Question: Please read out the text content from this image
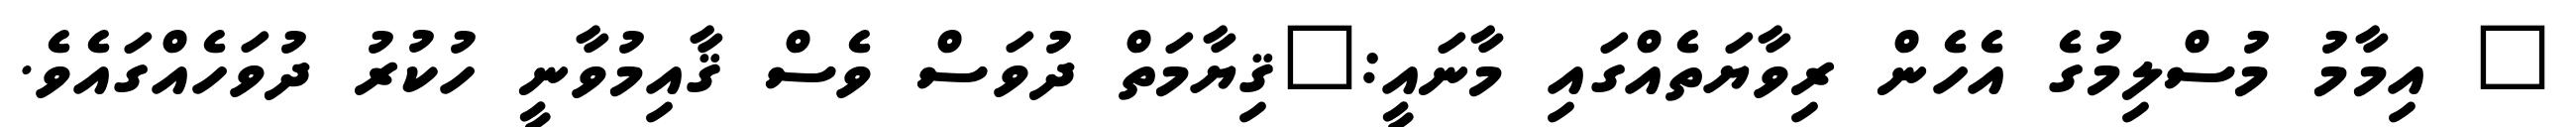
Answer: " އިމާމު މުސްލިމުގެ އެހެން ރިވާޔަތެއްގައި މާނައީ:"ޤިޔާމަތް ދުވަސް ވެސް ޤާއިމުވާނީ ހުކުރު ދުވަހެއްގައެވެ.